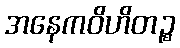
အနေကဝိဟိတဉ္စ